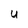
Character: U